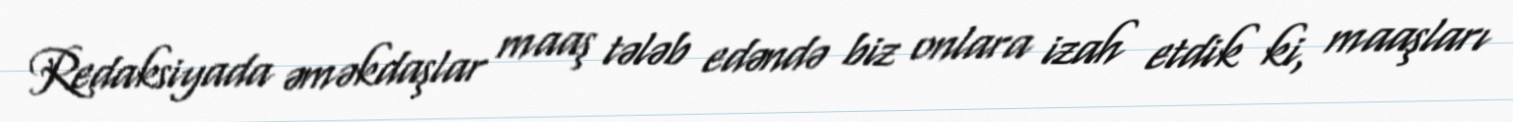
Redaksiyada əməkdaşlar maaş tələb edəndə biz onlara izah etdik ki, maaşları